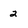
Character: 2